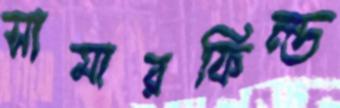
সামারফিল্ড